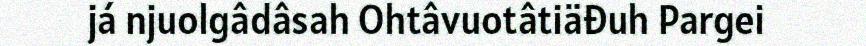
já njuolgâdâsah Ohtâvuotâtiäđuh Pargei